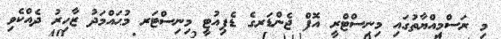
މި ރަސްމިއްޔާތުގައި މިނިސްޓްރީ އޮފް ޖެންޑަރގެ ޑެޕިއުޓީ މިނިސްޓަރ މުޙައްމަދު ޒާހިރު ދެއްކެވި